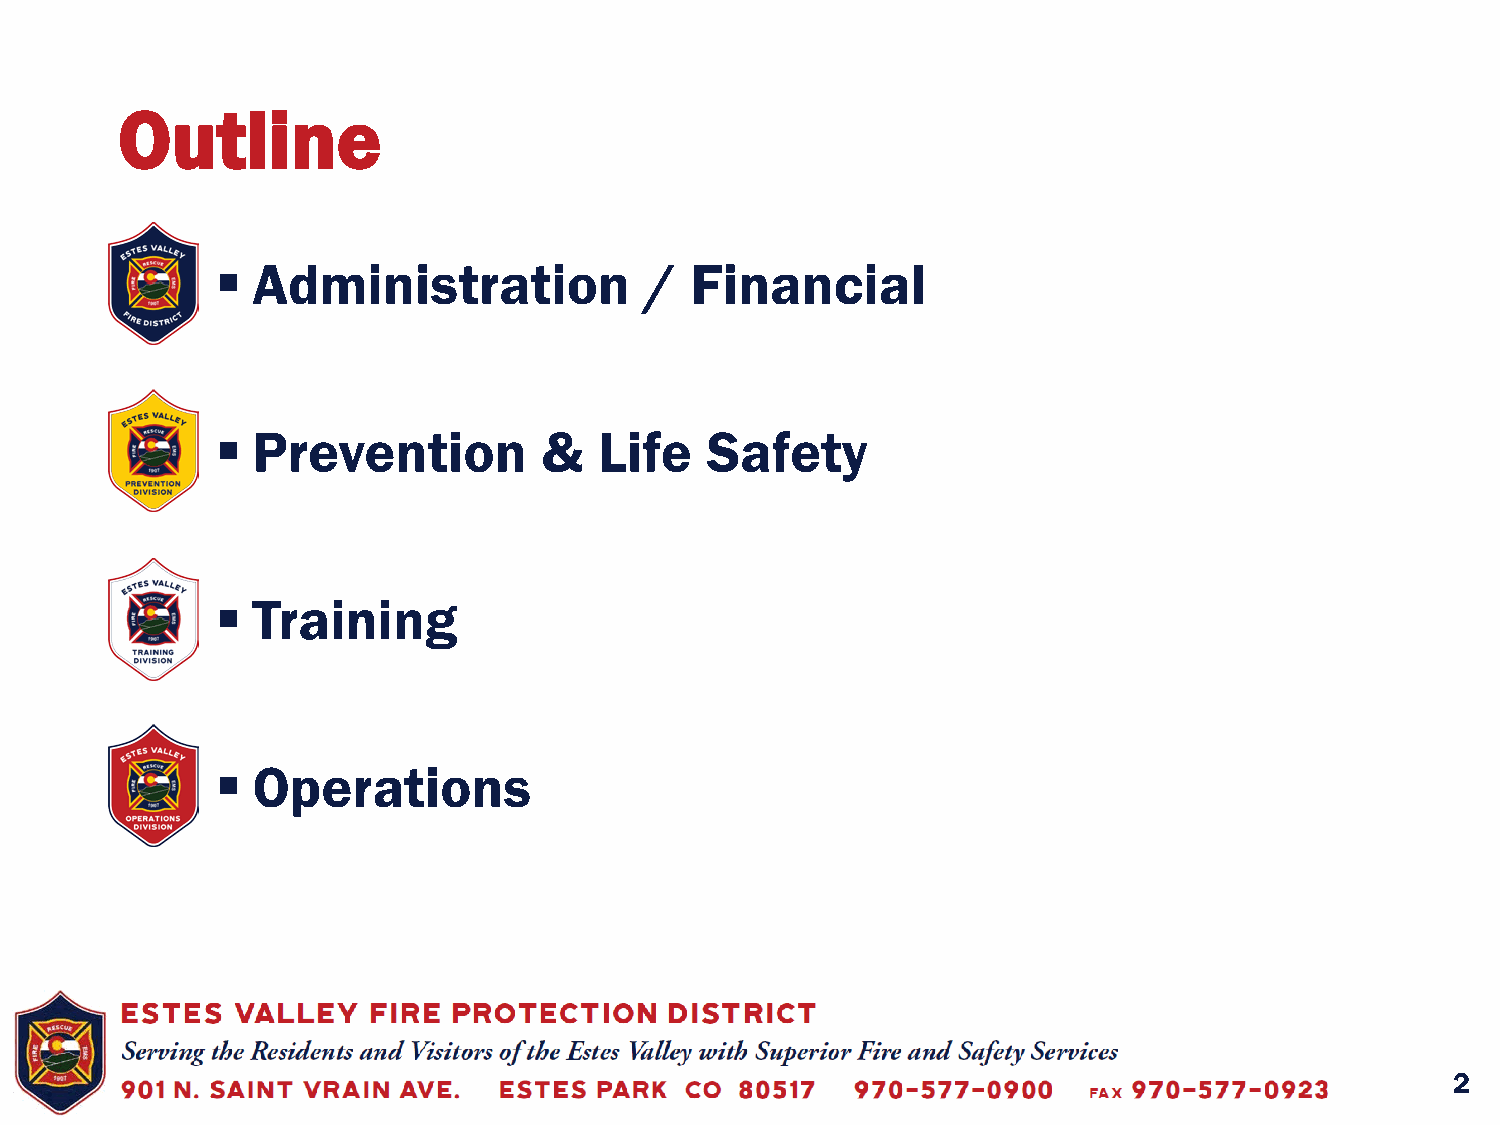
Outline
   Administration            /  Financial
   Prevention         &   Life   Safety
   Training
   Operations
 2